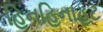
હિનહિનાહટ